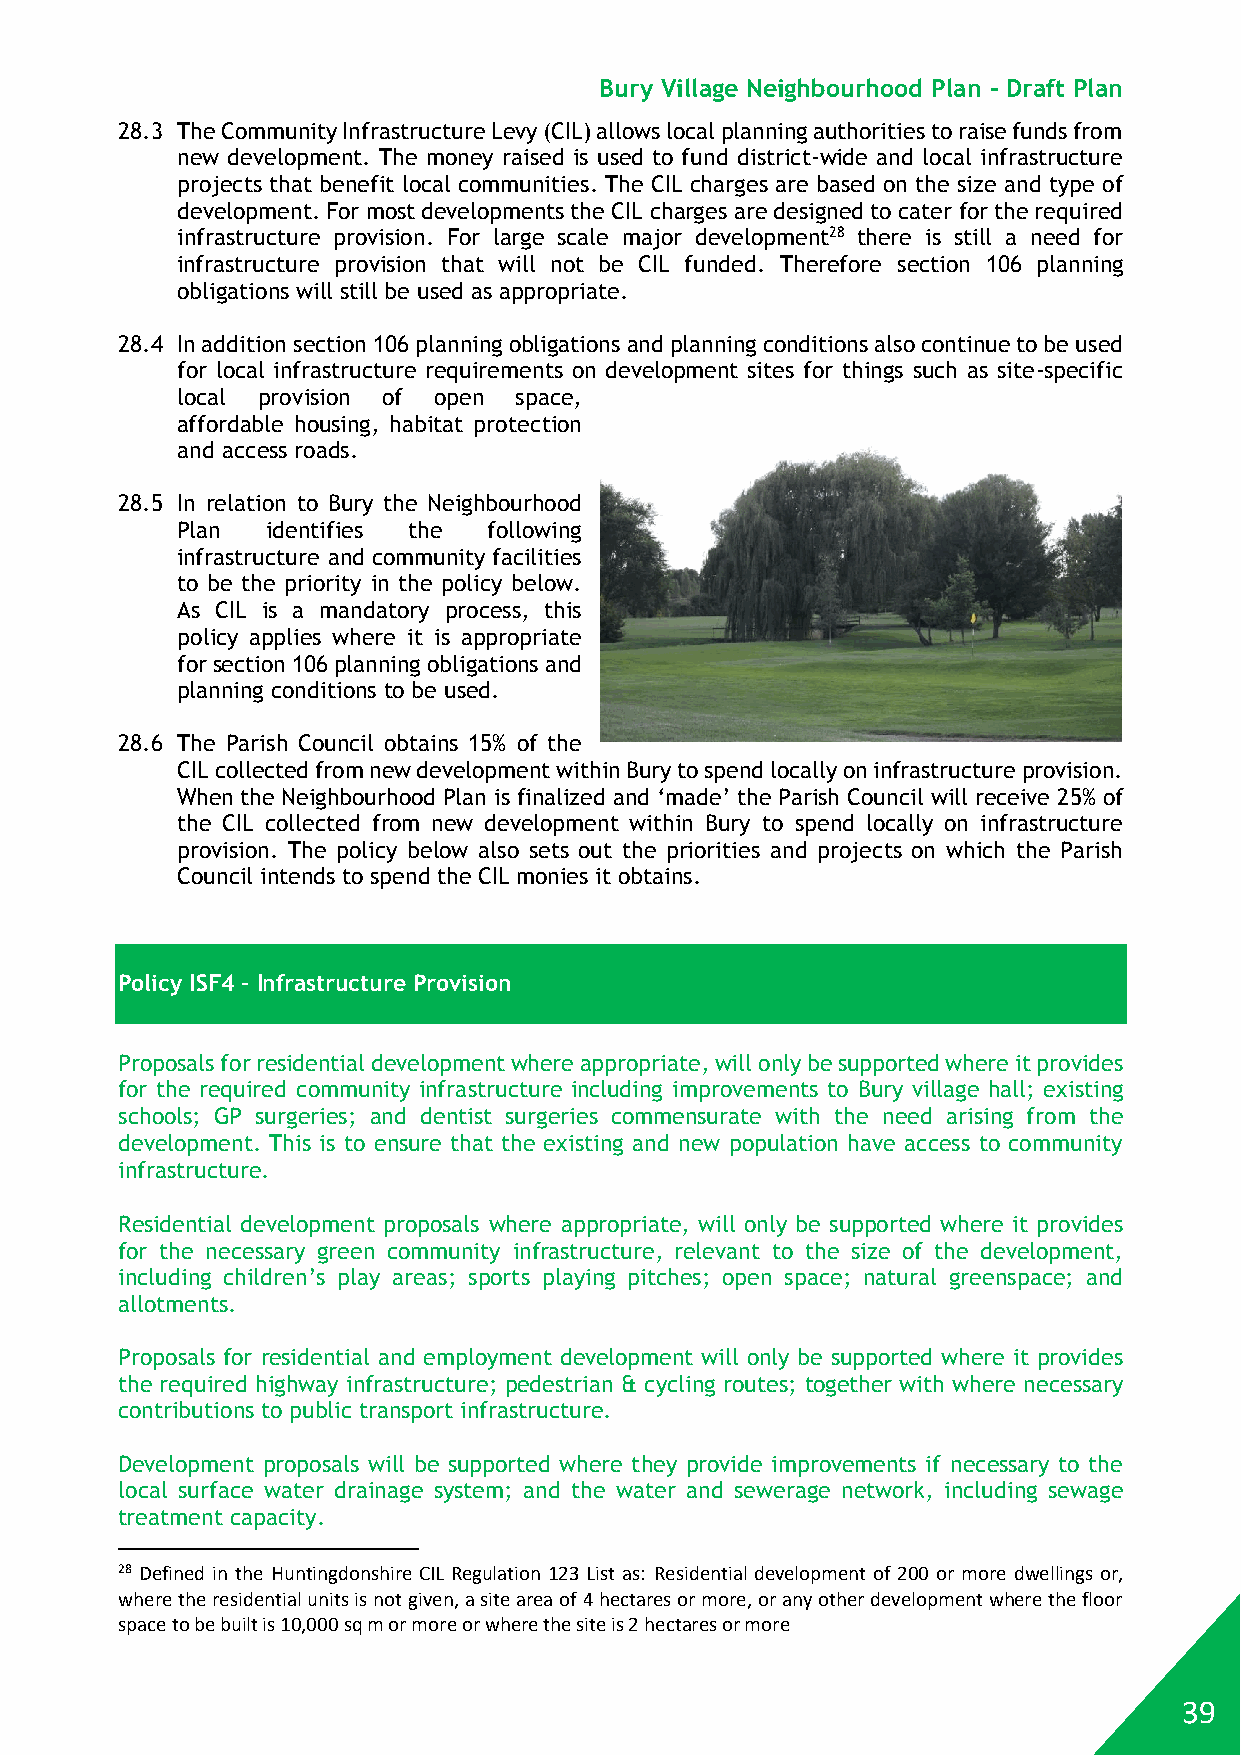
Bury Village Neighbourhood Plan - Draft Plan
 28.3 The Community Infrastructure Levy (CIL) allows local planning authorities to raise funds from
 new development. The money raised is used to fund district-wide and local infrastructure
 projects that benefit local communities. The CIL charges are based on the size and type of
 development. For most developments the CIL charges are designed to cater for the required
 infrastructure provision. For large scale major development28 there is still a need for
 infrastructure provision that will not be CIL funded. Therefore section 106 planning
 obligations will still be used as appropriate.
 28.4 In addition section 106 planning obligations and planning conditions also continue to be used
 for local infrastructure requirements on development sites for things such as site-specific
 local provision of open space,
 affordable housing, habitat protection
 and access roads.
 28.5 In relation to Bury the Neighbourhood
 Plan  identifies the following
 infrastructure and community facilities
 to be the priority in the policy below.
 As CIL is a mandatory process, this
 policy applies where it is appropriate
 for section 106 planning obligations and
 planning conditions to be used.
 28.6 The Parish Council obtains 15% of the
 CIL collected from new development within Bury to spend locally on infrastructure provision.
 When the Neighbourhood Plan is finalized and ‘made’ the Parish Council will receive 25% of
 the CIL collected from new development within Bury to spend locally on infrastructure
 provision. The policy below also sets out the priorities and projects on which the Parish
 Council intends to spend the CIL monies it obtains.
 Policy ISF4 – Infrastructure Provision
 Proposals for residential development where appropriate, will only be supported where it provides
 for the required community infrastructure including improvements to Bury village hall; existing
 schools; GP surgeries; and dentist surgeries commensurate with the need arising from the
 development. This is to ensure that the existing and new population have access to community
 infrastructure.
 Residential development proposals where appropriate, will only be supported where it provides
 for the necessary green community infrastructure, relevant to the size of the development,
 including children’s play areas; sports playing pitches; open space; natural greenspace; and
 allotments.
 Proposals for residential and employment development will only be supported where it provides
 the required highway infrastructure; pedestrian & cycling routes; together with where necessary
 contributions to public transport infrastructure.
 Development proposals will be supported where they provide improvements if necessary to the
 local surface water drainage system; and the water and sewerage network, including sewage
 treatment capacity.
 28 Defined in the Huntingdonshire CIL Regulation 123 List as: Residential development of 200 or more dwellings or,
 where the residential units is not given, a site area of 4 hectares or more, or any other development where the floor
 space to be built is 10,000 sq m or more or where the site is 2 hectares or more
 39